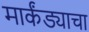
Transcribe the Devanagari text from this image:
मार्कंड्याचा